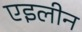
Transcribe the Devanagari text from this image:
एइलीन